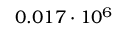
0 . 0 1 7 \cdot 1 0 ^ { 6 }